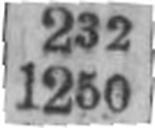
1250